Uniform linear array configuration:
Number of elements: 8
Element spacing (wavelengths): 0.5
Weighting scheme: cosine
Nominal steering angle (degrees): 0
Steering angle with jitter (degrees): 1.13
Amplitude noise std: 0.05
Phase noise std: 0.05

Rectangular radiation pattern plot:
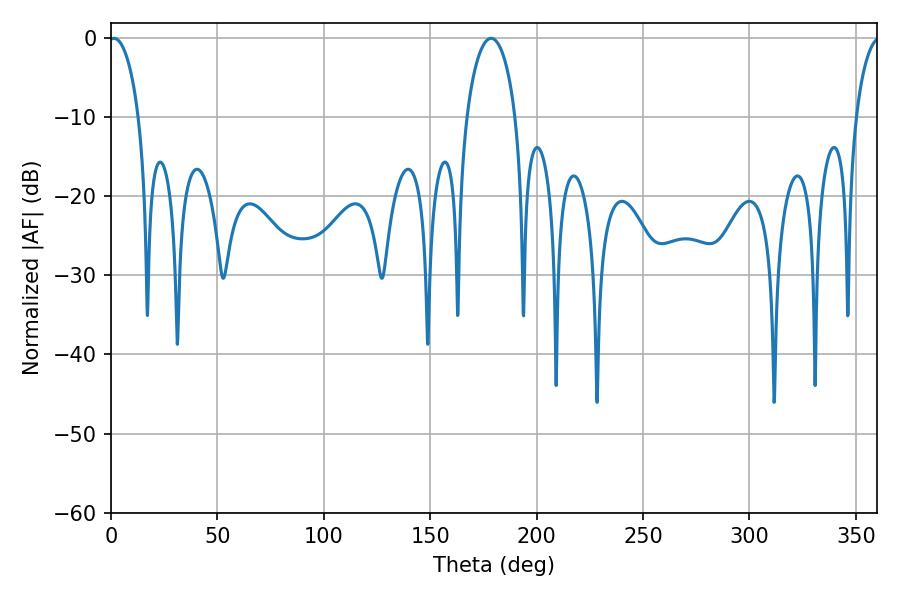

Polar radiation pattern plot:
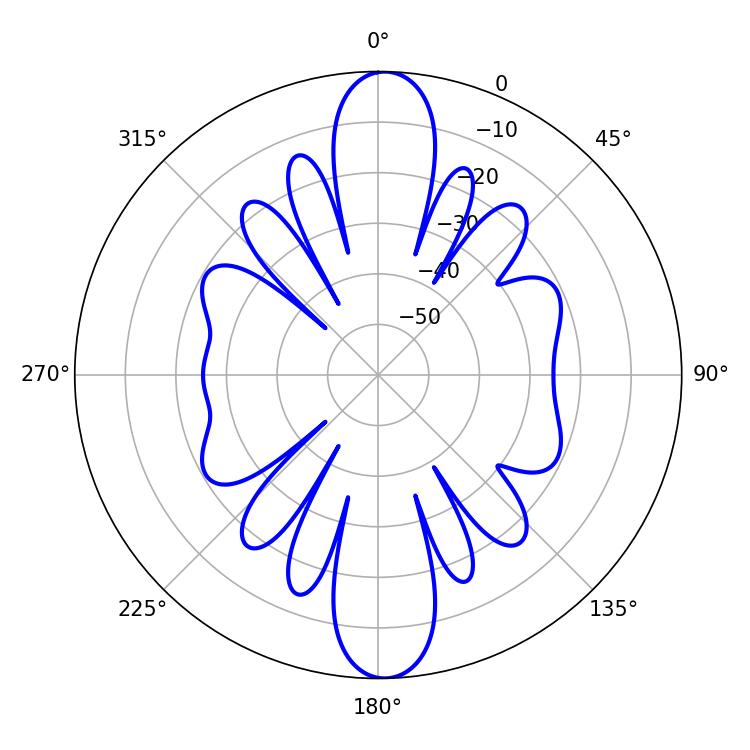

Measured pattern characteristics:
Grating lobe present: FALSE
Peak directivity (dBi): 21.964
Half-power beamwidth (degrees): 13.32
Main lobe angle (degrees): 178.56